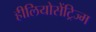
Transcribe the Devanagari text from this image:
हीलियोसेंट्रिज्म